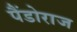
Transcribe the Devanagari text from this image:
पैंडोराज